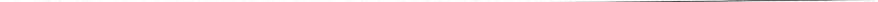
___